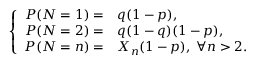
\left\{ \begin{array} { r l } { P ( N = 1 ) = } & { { } q ( 1 - p ) , } \\ { P ( N = 2 ) = } & { { } q ( 1 - q ) ( 1 - p ) , } \\ { P ( N = n ) = } & { { } X _ { n } ( 1 - p ) , \; \forall n > 2 . } \end{array} \right.